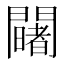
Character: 𨷄